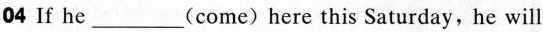
04 If he ___ (come) here this Saturday,he will